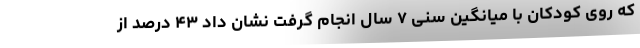
که روی کودکان با میانگین سنی ۷ سال انجام گرفت نشان داد ۴۳ درصد از